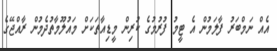
އެއް ނަމްބަރު ފާލަމުން އެ ޓީމު ފުރުމުގެ ކުރިން މީޑިއާތަކަށް މައުލޫމާތުދެމުން ރާއްޖޭގެ